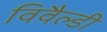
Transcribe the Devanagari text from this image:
विवैल्डी